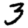
Digit: 3